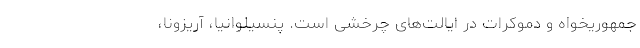
جمهوریخواه و دموکرات در ایالت‌های چرخشی است. پنسیلوانیا، آریزونا،